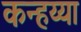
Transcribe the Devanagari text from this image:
कन्हय्या